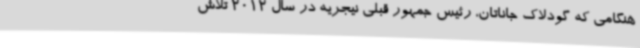
هنگامی که گودلاک جاناتان، رئیس جمهور قبلی نیجریه در سال 2012 تلاش